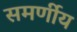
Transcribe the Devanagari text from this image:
समर्णीय